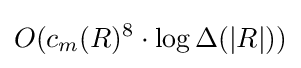
O(c_{m}(R)^{8}\cdot \log \Delta (|R|))